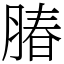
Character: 䐏